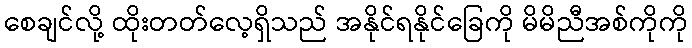
စေချင်လို့ ထိုးတတ်လေ့ရှိသည် အနိုင်ရနိုင်ခြေကို မိမိညီအစ်ကိုကို